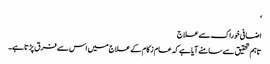
‘
اضافی خوراک سےعلاج
تاہم تحقیق سے سامنے آیا ہے کہ عام زکام کے علاج میں اس سے فرق پڑتا ہے۔